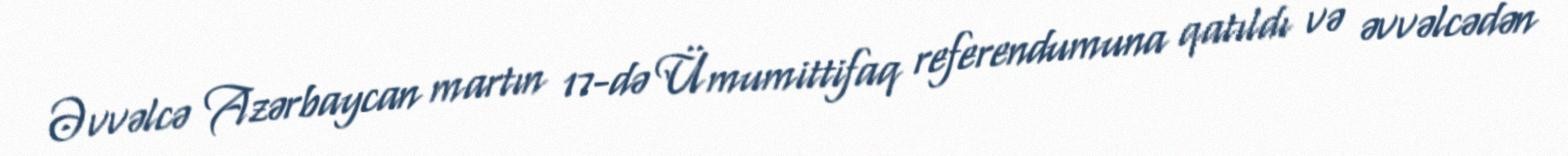
Əvvəlcə Azərbaycan martın 17-də Ümumittifaq referendumuna qatıldı və əvvəlcədən